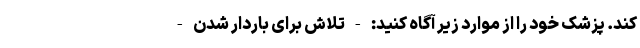
کند. پزشک خود را از موارد زیر آگاه کنید: - تلاش برای باردار شدن -